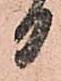
日